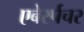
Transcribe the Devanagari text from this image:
एबेर्स्पचर